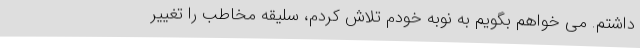
داشتم. می خواهم بگویم به نوبه خودم تلاش کردم، سلیقه مخاطب را تغییر